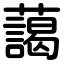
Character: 藹